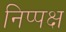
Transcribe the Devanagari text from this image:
निप्पक्ष